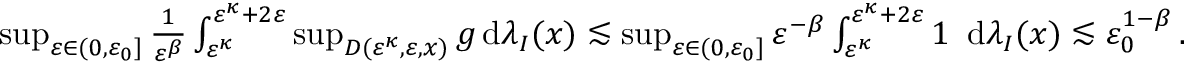
\begin{array} { r l } & { \operatorname* { s u p } _ { { \varepsilon } \in ( 0 , { \varepsilon } _ { 0 } ] } \frac { 1 } { { \varepsilon } ^ { \beta } } \int _ { { \varepsilon } ^ { \kappa } } ^ { { \varepsilon } ^ { \kappa } + 2 { \varepsilon } } \operatorname* { s u p } _ { D ( { \varepsilon } ^ { \kappa } , { \varepsilon } , x ) } g \, \mathrm { d } \lambda _ { I } ( x ) \lesssim \operatorname* { s u p } _ { { \varepsilon } \in ( 0 , { \varepsilon } _ { 0 } ] } { \varepsilon } ^ { - \beta } \int _ { { \varepsilon } ^ { \kappa } } ^ { { \varepsilon } ^ { \kappa } + 2 { \varepsilon } } 1 \, \, \, \mathrm { d } \lambda _ { I } ( x ) \lesssim { \varepsilon } _ { 0 } ^ { 1 - \beta } \, . } \end{array}